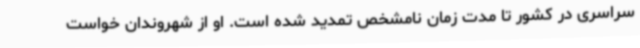
سراسری در کشور تا مدت زمان نامشخص تمدید شده است. او از شهروندان خواست